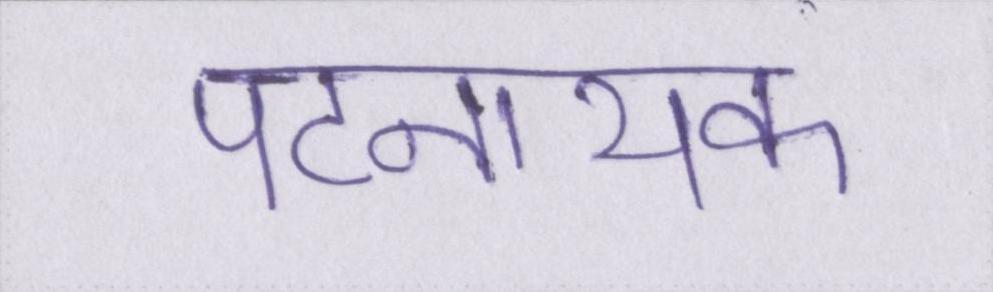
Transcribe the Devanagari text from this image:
पटनायक